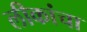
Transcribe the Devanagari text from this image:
लीकांचा